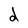
Character: d